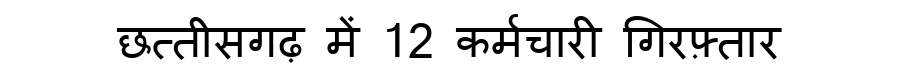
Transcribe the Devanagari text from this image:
छत्तीसगढ़ में 12 कर्मचारी गिरफ़्तार